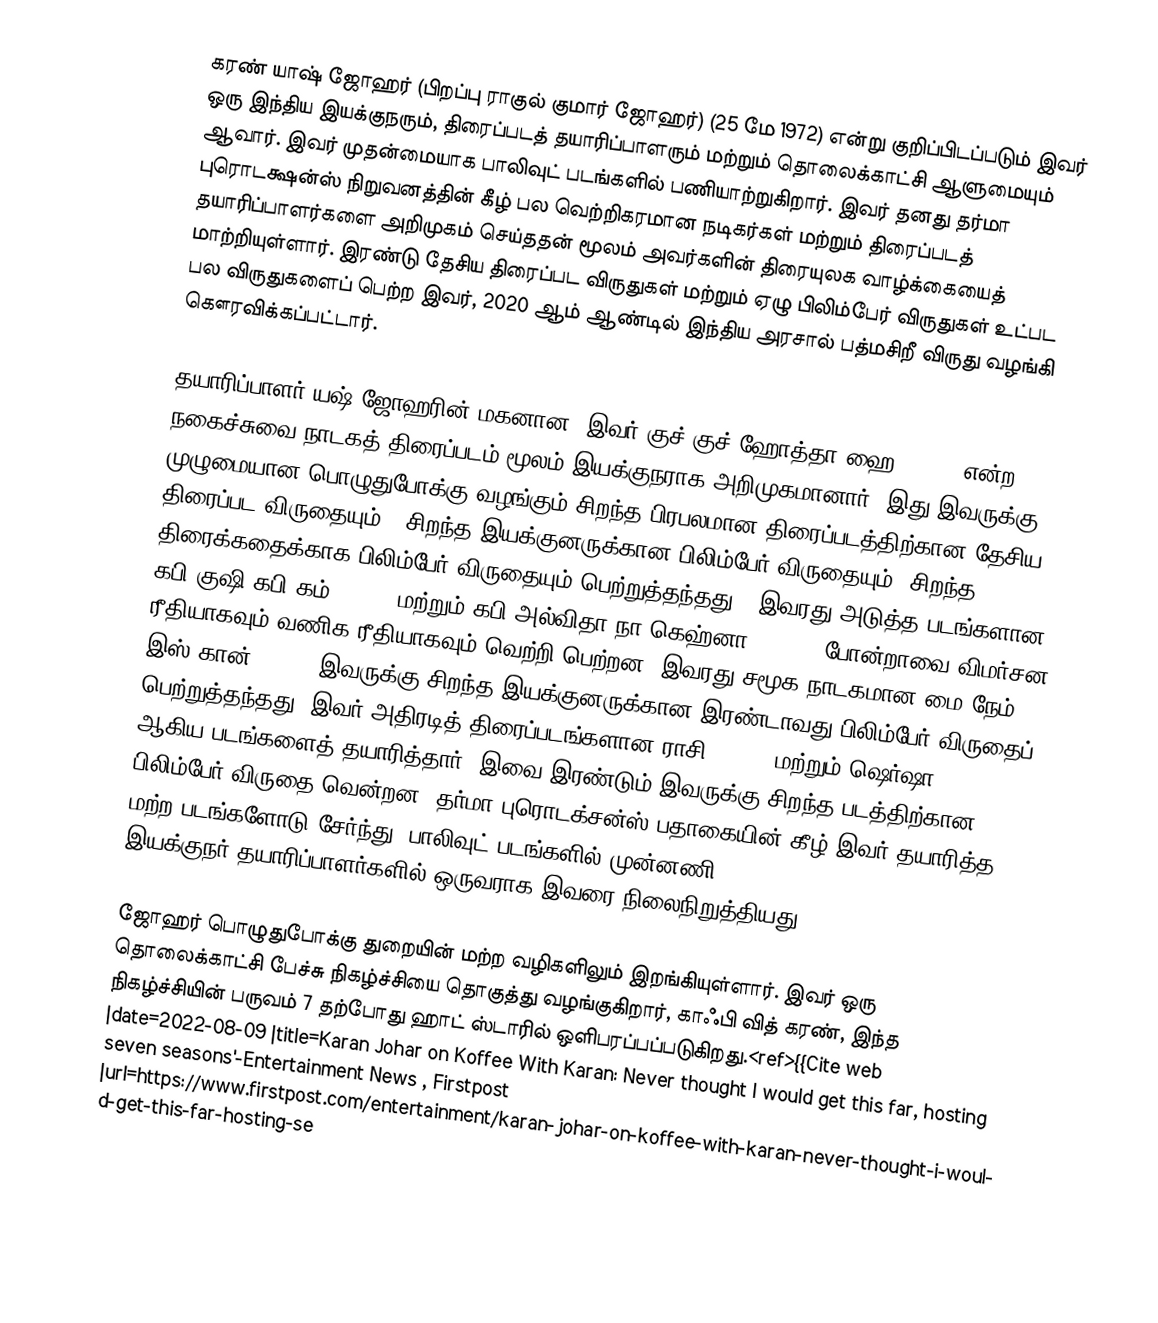
கரண் யாஷ் ஜோஹர் (பிறப்பு ராகுல் குமார் ஜோஹர்) (25 மே 1972) என்று குறிப்பிடப்படும் இவர் ஒரு இந்திய இயக்குநரும், திரைப்படத் தயாரிப்பாளரும் மற்றும் தொலைக்காட்சி ஆளுமையும் ஆவார். இவர் முதன்மையாக பாலிவுட் படங்களில் பணியாற்றுகிறார். இவர் தனது தர்மா புரொடக்ஷன்ஸ் நிறுவனத்தின் கீழ் பல வெற்றிகரமான நடிகர்கள் மற்றும் திரைப்படத் தயாரிப்பாளர்களை அறிமுகம் செய்ததன் மூலம் அவர்களின் திரையுலக வாழ்க்கையைத் மாற்றியுள்ளார். இரண்டு தேசிய திரைப்பட விருதுகள் மற்றும் ஏழு பிலிம்பேர் விருதுகள் உட்பட பல விருதுகளைப் பெற்ற இவர், 2020 ஆம் ஆண்டில் இந்திய அரசால் பத்மசிறீ விருது வழங்கி கௌரவிக்கப்பட்டார்.

தயாரிப்பாளர் யஷ் ஜோஹரின் மகனான, இவர் குச் குச் ஹோத்தா ஹை (1998) என்ற நகைச்சுவை-நாடகத் திரைப்படம் மூலம் இயக்குநராக அறிமுகமானார். இது இவருக்கு முழுமையான பொழுதுபோக்கு வழங்கும் சிறந்த பிரபலமான திரைப்படத்திற்கான தேசிய திரைப்பட விருதையும் , சிறந்த இயக்குனருக்கான பிலிம்பேர் விருதையும், சிறந்த திரைக்கதைக்காக பிலிம்பேர் விருதையும் பெற்றுத்தந்தது . இவரது அடுத்த படங்களான, கபி குஷி கபி கம் (2001) மற்றும் கபி அல்விதா நா கெஹ்னா (2006), போன்றாவை விமர்சன ரீதியாகவும் வணிக ரீதியாகவும் வெற்றி பெற்றன. இவரது சமூக நாடகமான மை நேம் இஸ் கான் (2010) இவருக்கு சிறந்த இயக்குனருக்கான இரண்டாவது பிலிம்பேர் விருதைப் பெற்றுத்தந்தது. இவர் அதிரடித் திரைப்படங்களான ராசி (2018) மற்றும் ஷெர்ஷா (2021) ஆகிய படங்களைத் தயாரித்தார். இவை இரண்டும் இவருக்கு சிறந்த படத்திற்கான பிலிம்பேர் விருதை வென்றன. தர்மா புரொடக்‌சன்ஸ் பதாகையின் கீழ் இவர் தயாரித்த மற்ற படங்களோடு சேர்ந்து, பாலிவுட் படங்களில் முன்னணி இயக்குநர்-தயாரிப்பாளர்களில் ஒருவராக இவரை நிலைநிறுத்தியது.

ஜோஹர் பொழுதுபோக்கு துறையின் மற்ற வழிகளிலும் இறங்கியுள்ளார். இவர் ஒரு தொலைக்காட்சி பேச்சு நிகழ்ச்சியை தொகுத்து வழங்குகிறார், காஃபி வித் கரண், இந்த நிகழ்ச்சியின் பருவம் 7 தற்போது ஹாட் ஸ்டாரில் ஒளிபரப்பப்படுகிறது.<ref>{{Cite web |date=2022-08-09 |title=Karan Johar on Koffee With Karan: Never thought I would get this far, hosting seven seasons'-Entertainment News , Firstpost |url=https://www.firstpost.com/entertainment/karan-johar-on-koffee-with-karan-never-thought-i-would-get-this-far-hosting-se